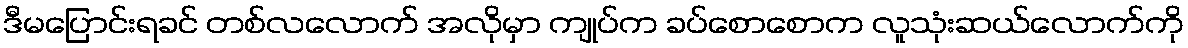
ဒီမပြောင်းရခင် တစ်လလောက် အလိုမှာ ကျုပ်က ခပ်စောစောက လူသုံးဆယ်လောက်ကို